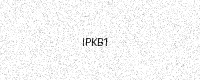
Text: IPKB1